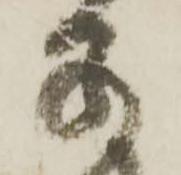
若